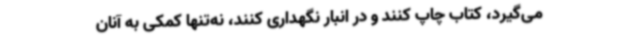
می‌گیرد، کتاب چاپ کنند و در انبار نگهداری کنند، نه‌تنها کمکی به آنان